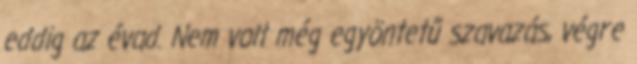
eddig az évad. Nem volt még egyöntetű szavazás, végre